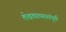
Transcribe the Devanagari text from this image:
लेखकाच्यासंपूर्ण